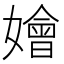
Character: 嬒